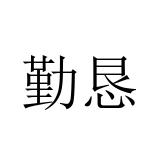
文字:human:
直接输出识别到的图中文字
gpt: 勤恳